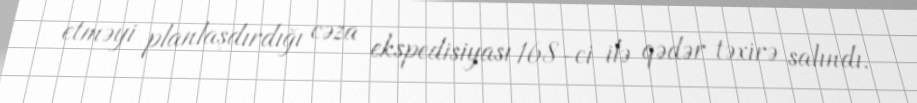
etməyi planlaşdırdığı cəza ekspedisiyası 168-ci ilə qədər təxirə salındı.